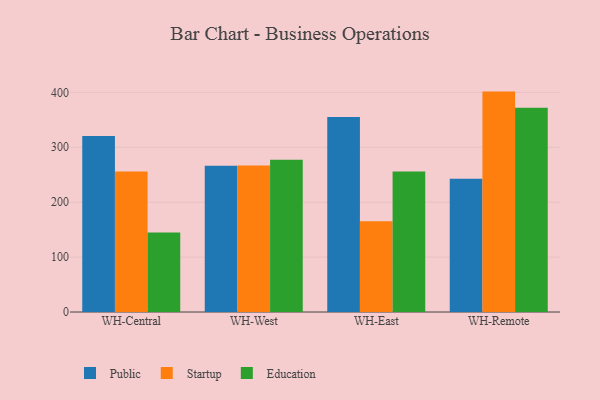
{"axis": {"x": "Warehouse", "y": "Backlog"}, "legend": ["Education", "Public", "Startup"], "data": [{"x": "WH-Central", "y": 320.5, "type": "Public"}, {"x": "WH-Central", "y": 255.8, "type": "Startup"}, {"x": "WH-Central", "y": 144.9, "type": "Education"}, {"x": "WH-West", "y": 266.4, "type": "Public"}, {"x": "WH-West", "y": 266.6, "type": "Startup"}, {"x": "WH-West", "y": 277.5, "type": "Education"}, {"x": "WH-East", "y": 355.0, "type": "Public"}, {"x": "WH-East", "y": 165.1, "type": "Startup"}, {"x": "WH-East", "y": 255.9, "type": "Education"}, {"x": "WH-Remote", "y": 242.6, "type": "Public"}, {"x": "WH-Remote", "y": 401.4, "type": "Startup"}, {"x": "WH-Remote", "y": 372.0, "type": "Education"}]}